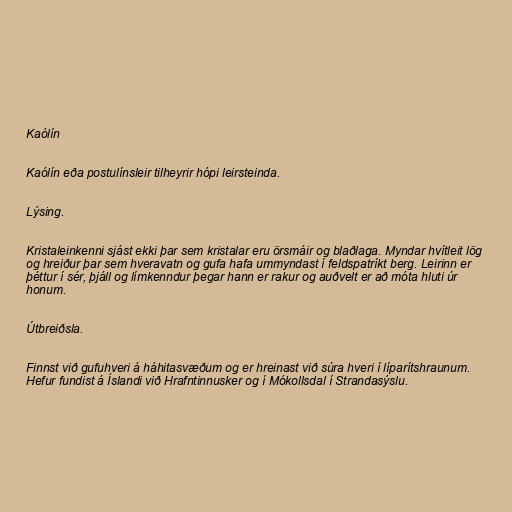
Kaólín

Kaólín eða postulínsleir tilheyrir hópi leirsteinda.

Lýsing.

Kristaleinkenni sjást ekki þar sem kristalar eru örsmáir og blaðlaga. Myndar hvítleit lög
og hreiður þar sem hveravatn og gufa hafa ummyndast í feldspatríkt berg. Leirinn er
þéttur í sér, þjáll og límkenndur þegar hann er rakur og auðvelt er að móta hluti úr
honum.

Útbreiðsla.

Finnst við gufuhveri á háhitasvæðum og er hreinast við súra hveri í líparítshraunum.
Hefur fundist á Íslandi við Hrafntinnusker og í Mókollsdal í Strandasýslu.